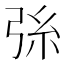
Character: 𢏛